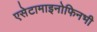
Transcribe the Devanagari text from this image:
एसेटामाइनोफिनभी